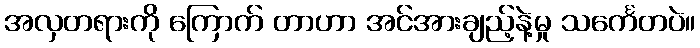
အလှတရားကို ကြောက် တာဟာ အင်အားချည့်နဲ့မှု သင်္ကေတပဲ။